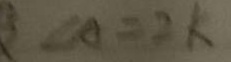
\angle A = 2 k